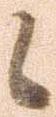
候